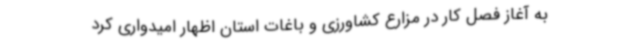
به آغاز فصل کار در مزارع کشاورزی و باغات استان اظهار امیدواری کرد